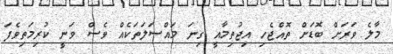
މާލެ ވަރަށް ބޮޑަށް ތޮއްޖެހި އިޖުތިމާއީ ގިނަ މައްސަލަތަކެއް ވެސް ވަނީ ކުރިމަތިވެފަ